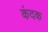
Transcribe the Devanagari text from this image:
कंदक